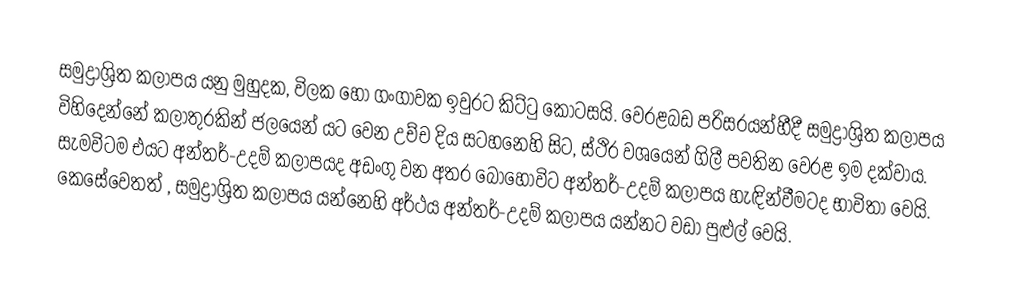
සමුද්‍රාශ්‍රිත කලාපය යනු මුහුදක, විලක හෝ ගංගාවක ඉවුරට කිට්ටු කොටසයි. වෙරළබඩ පරිසරයන්හීදී  සමුද්‍රාශ්‍රිත කලාපය  විහිදෙන්නේ කලාතුරකින්  ජලයෙන් යට වෙන උච්ච දිය සටහනෙහි සිට, ස්ථිර වශයෙන් ගිලී පවතින වෙරළ ඉම දක්වාය. සැමවිටම එයට   අන්තර්-උදම් කලාපයද අඩංගු වන අතර බොහෝවිට අන්තර්-උදම් කලාපය හැඳින්වීමටද භාවිතා වෙයි. කෙසේවෙතත් , සමුද්‍රාශ්‍රිත කලාපය යන්නෙහි අර්ථය අන්තර්-උදම් කලාපය යන්නට වඩා පුළුල් වෙයි.